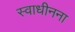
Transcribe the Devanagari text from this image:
स्वाधीनना